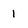
Character: 1